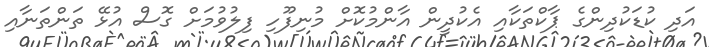
އަދި ކުޑަކުދިންގެ ޕާކްތަކާއި އެކުދީން އާންމުކޮށް މުނިފޫހި ފިލުވުމަށް ގޮސް އުޅޭ ތަންތަނާއި